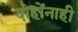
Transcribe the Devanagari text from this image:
दोहोंनाही